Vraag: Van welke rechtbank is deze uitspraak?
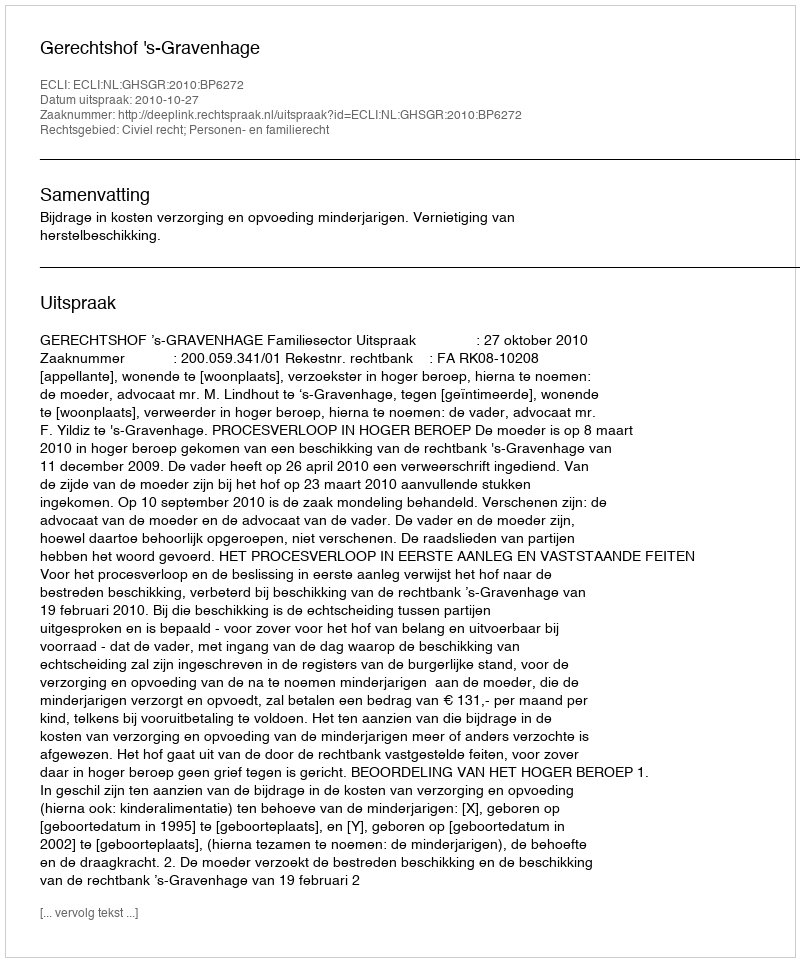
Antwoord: Gerechtshof 's-Gravenhage